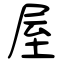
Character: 屋